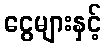
ငွေများနှင့်